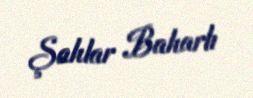
Şahlar Baharlı